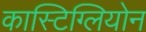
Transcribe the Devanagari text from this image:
कास्टिग्लियोन